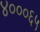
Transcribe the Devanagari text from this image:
४०००६५